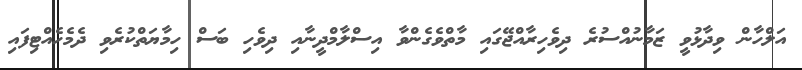
އަލްހާން ވިދާޅުވީ ޒަމާނުއްސުރެ ދިވެހިރާއްޖޭގައި މާތްވެގެންވާ އިސްލާމްދީނާއި ދިވެހި ބަސް ހިމާޔަތްކުރެވި ދެމެހެއްޓިފައި